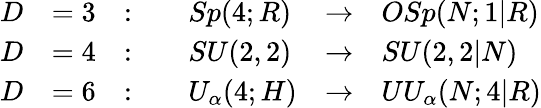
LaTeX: \begin{array}{llllll}{{\displaystyle D}}&{{=3}}&{{:\quad}}&{{Sp(4;R)}}&{{\to}}&{{OSp(N;1|R)}}\\ {{\displaystyle D}}&{{=4}}&{{:\quad}}&{{SU(2,2)}}&{{\to}}&{{SU(2,2|N)}}\\ {{\displaystyle D}}&{{=6}}&{{:\quad}}&{{U_{\alpha}(4;H)}}&{{\to}}&{{UU_{\alpha}(N;4|R)}}\end{array}